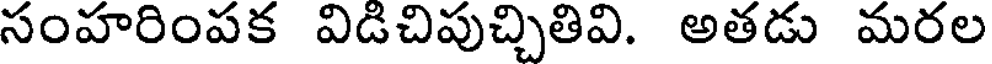
సంహరింపక విడిచిపుచ్చితివి. అతడు మరల